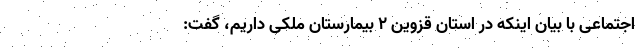
اجتماعی با بیان اینکه در استان قزوین ۲ بیمارستان ملکی داریم، گفت: